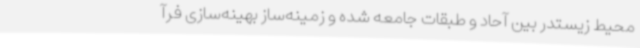
محیط زیستدر بین آحاد و طبقات جامعه شده و زمینه‌ساز بهینه‌سازی فرآ